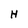
Character: H